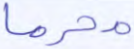
محرما